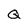
Character: Q